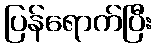
ပြန်ရောက်ပြီး